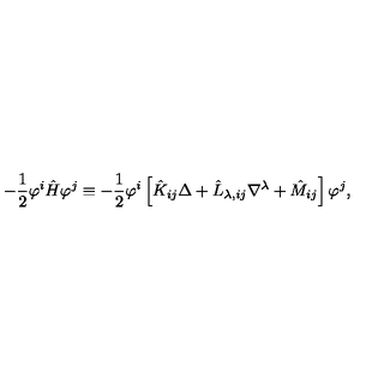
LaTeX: - \frac { 1 } { 2 } \varphi ^ { i } \hat { H } \varphi ^ { j } \equiv - \frac { 1 } { 2 } \varphi ^ { i } \left[ \hat { K } _ { i j } \Delta + \hat { L } _ { \lambda , i j } \nabla ^ { \lambda } + \hat { M } _ { i j } \right] \varphi ^ { j } ,